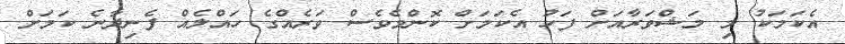
އެކަމަކު މި މަޝްވަރާއަށް ފަހު އެކަމަށް ކޮންމެވެސް ވަރެއްގެ ހައްލެއް ފެނިދާނެ ކަމަށް